Vaccination North-Western Provinces and Oudh 1896-1901 - 1896-1901
Year: 1896
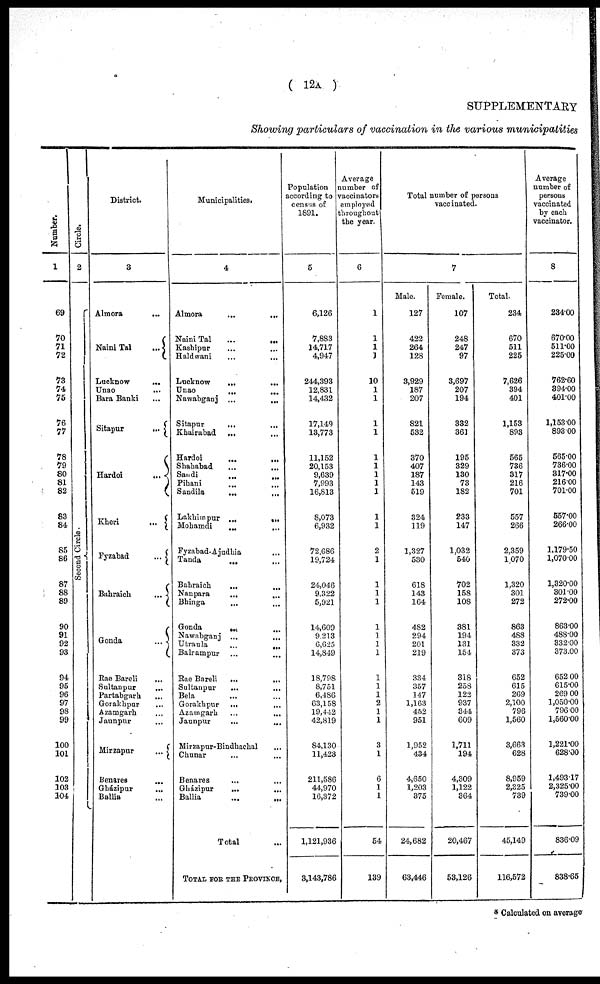
( 12A )
SUPPLEMENTARY
Showing particulars of vaccination in the various municipalities
Number.
1
69
70
71
72
73
74
75
76
77
78
79
80
81
82
83
84
85
86
87
88
89
90
91
92
93
94
95
96
97
98
99
100
101
102
103
104
Circle.
2
Second Circle.
District.
3
Almora
...
Naini Tal
...
Lucknow
...
Unao ...
Bara Banki ...
Sitapur
...
Hardoi
...
Kheri
...
Fyzabad
...
Bahraich
...
Gonda
...
Rae Bareli
...
Sultanpur ...
Partabgarh
...
Gorakhpur ...
Azamgarh ...
Jaunpur ...
Mirzapur
...
Benares ...
Gházipur
...
Ballia ...
Municipalities.
4
Almora
...
...
Naini Tal
...
...
Kashipur ... ...
Haldwani
...
...
Lucknow
...
...
Unao ... ...
Nawabganj ...
...
Sitapur
...
...
Khairabad
... ...
Hardoi
...
...
Shahabad
...
...
Sandi ... ...
Pihani
... ...
Sandila
...
...
Lakhimpur
...
...
Mohamdi ... ...
Fyzabad-Ajudhia ... ...
Tanda ... ...
Bahraich
...
...
Nanpara
...
...
Bhinga ... ...
Gonda ... ...
Nawabganj ...
...
Utraula ... ...
Balrampur ... ...
Rae Bareli
...
...
Sultanpur
...
...
Bela ... ...
Gorakhpur ... ...
Azamgarh ... ...
Jaunpur ... ...
Mirzapur-Bindhachal ... ...
Chunar ... ...
Benares
...
...
Gházipur
...
...
Ballia
...
...
Total ... ...
TOTAL FOR THE PROVINCE.
Population
according to
census of
1891.
5
6,126
7,883
14,717
4,947
244,393
12,831
14,432
17,149
13,773
11,152
20,153
9,639
7,993
16,813
8,073
6,932
72,686
19,724
24,046
9,322
5,921
14,609
9,213
6,625
14,849
18,798
8,751
6,486
63,158
19,442
42,819
84,130
11,423
211,586
44,970
16,372
1,121,936
3,143,786
Average
number of
vaccinators
employed
throughout
the year.
6
1
1
1
1
10
1
1
1
1
1
1
1
1
1
1
1
2
1
1
1
1
1
1
1
1
1
1
1
2
1
1
3
1
6
1
1
54
139
Total number of persons
vaccinated.
7
Male.
127
422
264
128
3,929
187
207
821
532
370
407
187
143
519
324
119
1,327
530
618
143
164
482
294
201
219
334
357
147
1,163
452
951
1,952
434
4,650
1,203
375
24,682
63,446
Female.
107
248
247
97
3,697
207
194
332
361
195
329
130
73
182
233
147
1,032
540
702
158
108
381
194
131
154
318
258
122
937
344
609
1,711
194
4,309
1,122
364
20,467
53,126
Total.
234
670
511
225
7,626
394
401
1,153
893
565
736
317
216
701
557
266
2,359
1,070
1,320
301
272
863
488
332
373
652
615
269
2,100
796
1,560
3,663
628
8,959
2,325
739
45,149
116,572
Average
number of
persons
vaccinated
by each
vaccinator.
8
234.00
670.00
511.00
225.00
762.60
394.00
401.00
1,153.00
893.00
565.00
736.00
317.00
216.00
701.00
557.00
266.00
1,179.50
1,07000
1,320.00
301.00
272.00
863.00
488.00
332.00
373.00
652.00
615.00
269.00
1,050.00
796.00
1,560.00
1,221.00
628.00
1,493.17
2,325.00
739.00
836.09
838.65
* Calculated on average.